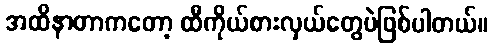
အထိနာတာကတော့ ထီကိုယ်စားလှယ်တွေပဲဖြစ်ပါတယ်။